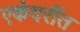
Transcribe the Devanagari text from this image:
एकंदरींत